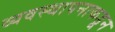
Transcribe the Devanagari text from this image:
व्यवस्थापनाकडून